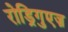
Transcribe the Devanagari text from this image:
रोड्रिगुएज़